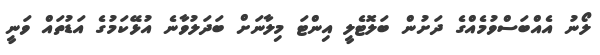
ލޯނު އެއްބަސްވުމެއްގެ ދަށުން ބަލޮޓެލީ އިންޓަ މިލާނަށް ބަދަލުވާނެ އުޅޭކަމުގެ އަޑުތައް ވަނީ